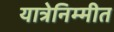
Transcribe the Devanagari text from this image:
यात्रेनिम्मीत